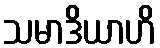
သမာဒိယာဟိ